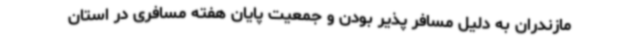
مازندران به دلیل مسافر پذیر بودن و جمعیت پایان هفته مسافری در استان